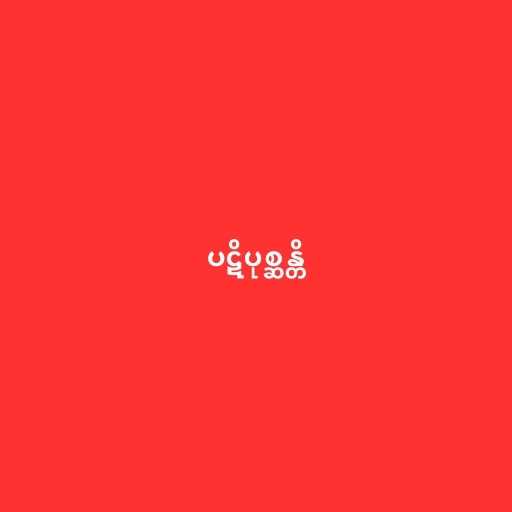
ပဋိပုစ္ဆန္တိ